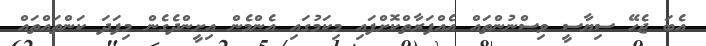
އެބަ ޖެހޭ ސިޔާސީ ވިސްނުންތައް އެއްފަރާތްކޮށްފައި މިކަމުގައި އެންމެން އިށީންދެގެން މިފަދަ ކަންތައްތައް